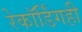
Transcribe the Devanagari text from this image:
रेकॉर्डिंगही